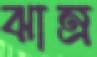
ঝাম্‌র